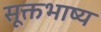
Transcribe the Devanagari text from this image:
सूक्तभाष्य